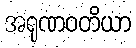
အရုဏဝတိယာ